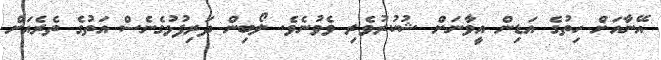
އޭނާއަށް ހިތުގެ އަޑިން އީވާނަށް ޝުކުރުވެރި ވެވުނެވެ. ލޯބިން ދަރިފުޅުގެނެސް އަތުގެ ތެރެއަށް